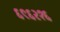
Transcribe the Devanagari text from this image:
६९६२१६